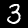
Digit: 3